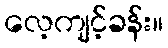
လေ့ကျင့်ခန်း။